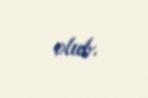
olub.